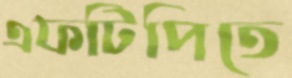
এফটিপিতে